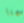
هنا